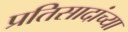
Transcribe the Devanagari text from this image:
प्रतिसादांच्या